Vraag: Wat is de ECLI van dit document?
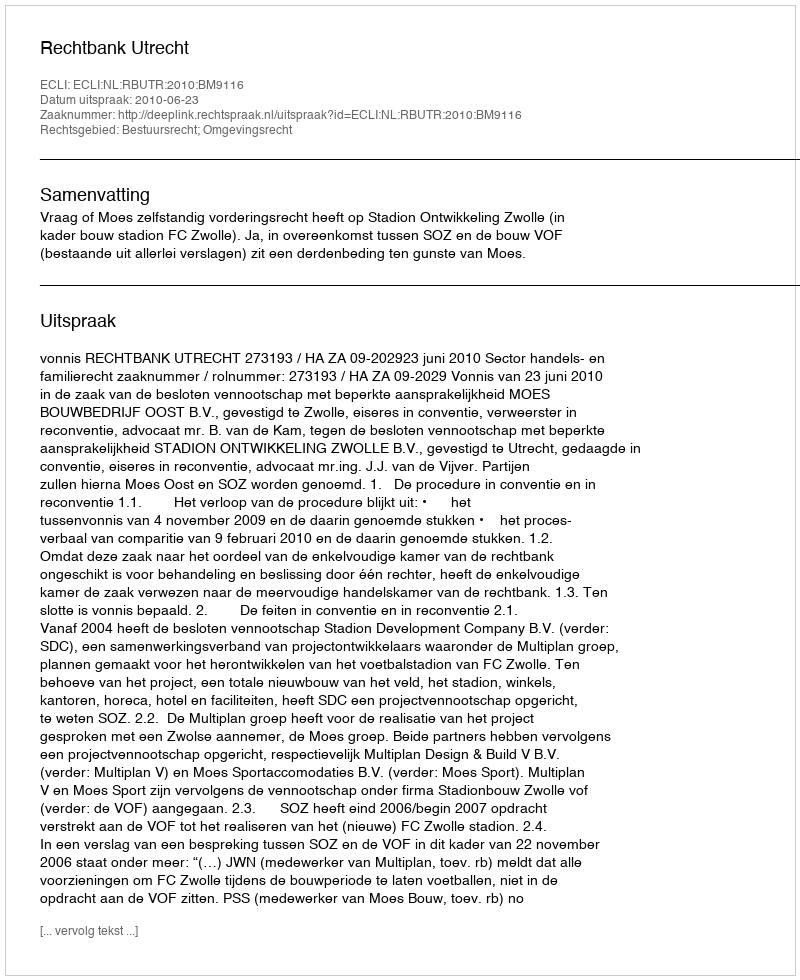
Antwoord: ECLI:NL:RBUTR:2010:BM9116